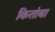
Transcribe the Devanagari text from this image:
कितांबा